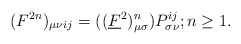
\begin{align*}(F^{2n})_{\mu \nu}{}_{ij} = ((\underline{F}^{2})^{n}_{\mu \sigma})P^{ij}_{\sigma \nu}; n\ge 1.\end{align*}